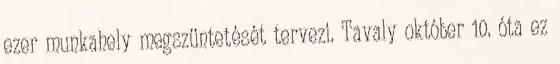
ezer munkahely megszüntetését tervezi. Tavaly október 10. óta ez